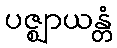
ပဇ္ဈာယန္တံ